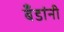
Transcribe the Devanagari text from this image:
बँडांनी